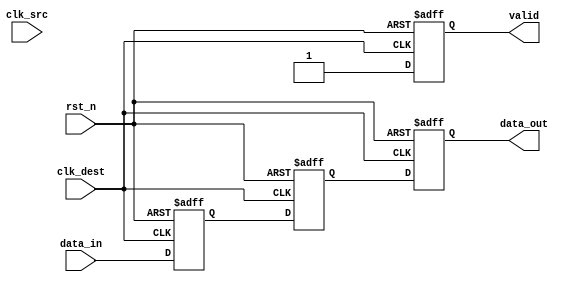
module memory_blocks_pipeline_synchronizer #(
    parameter DATA_WIDTH = 8 // Define data width (can be modified)
)(
    input wire [DATA_WIDTH-1:0] data_in,      // Input data signal
    input wire clk_src,                        // Source clock
    input wire clk_dest,                       // Destination clock
    input wire rst_n,                          // Active low reset signal
    output reg [DATA_WIDTH-1:0] data_out,     // Synchronized output data
    output reg valid                           // Output valid signal
);

    // Internal signals for pipeline stages
    reg [DATA_WIDTH-1:0] stage_1;             // First stage of synchronizer
    reg [DATA_WIDTH-1:0] stage_2;             // Second stage of synchronizer

    // Synchronization process
    always @(posedge clk_dest or negedge rst_n) begin
        if (!rst_n) begin
            // Asynchronous reset
            stage_1 <= {DATA_WIDTH{1'b0}};      // Initialize stage 1
            stage_2 <= {DATA_WIDTH{1'b0}};      // Initialize stage 2
            data_out <= {DATA_WIDTH{1'b0}};     // Initialize output data
            valid <= 1'b0;                      // Clear output valid
        end else begin
            // Sampling data in the destination clock domain
            stage_1 <= data_in;                 // Sample input data on clk_dest
            stage_2 <= stage_1;                 // Pipeline stage 1 to stage 2
            data_out <= stage_2;                // Output synchronized data
            valid <= 1'b1;                      // Indicate output data is valid
        end
    end

endmodule